Problem: 5 - 2 = ?
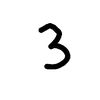
Handwritten answer: 3